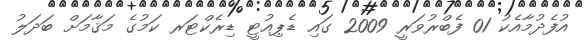
އުފެދުމާއެކު 01 ފެބްރުވަރީ 2009 ގައި ޑެޕިއުޓީ ޑިރެކްޓަރ ކަމުގެ މަޤާމަށް ބަދަލު